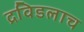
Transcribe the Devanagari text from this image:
द्रविडलाच